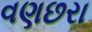
વણછરા